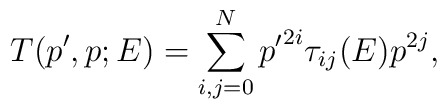
T(p',p;E)=\sum_{i,j=0}^{N} {p'}^{2i} \tau_{ij}(E) p^{2j},